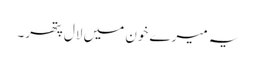
یہ میرے خون میں لال پتھر۔